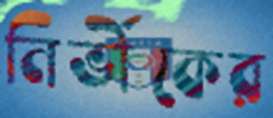
নির্ভীকের